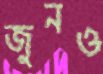
জুনও